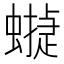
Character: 𧑻